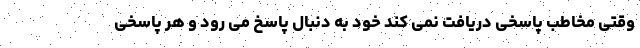
وقتی مخاطب پاسخی دریافت نمی کند خود به دنبال پاسخ می رود و هر پاسخی